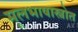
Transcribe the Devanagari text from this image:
मूलभाषास्त्रोत